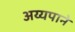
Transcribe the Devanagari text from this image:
अय्यपाने